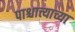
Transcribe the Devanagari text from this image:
पाश्चात्त्याच्या